Leaving Certificate Examination (including Day School Certificate (Higher) General paper), 1938
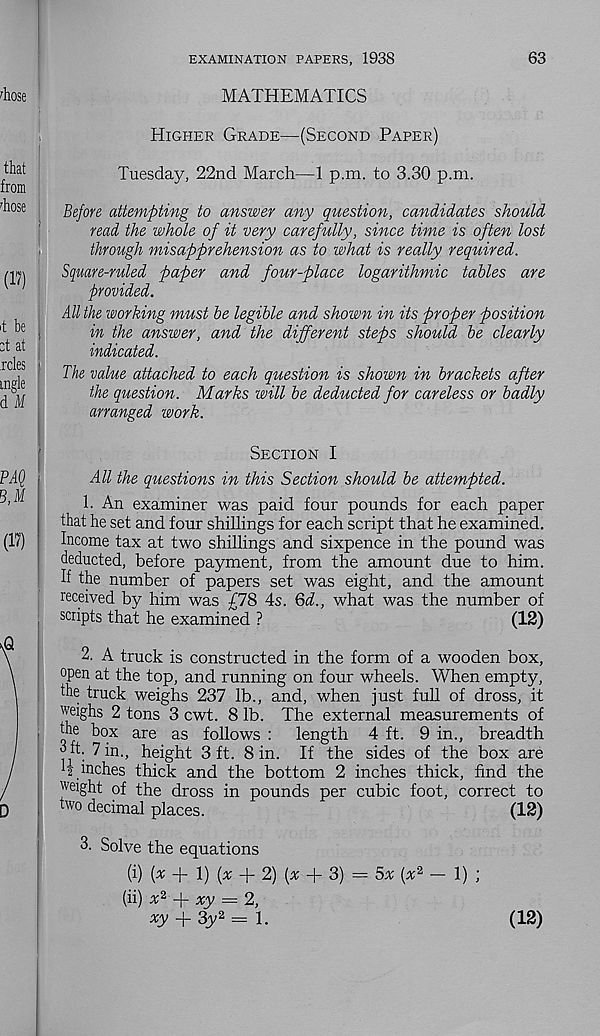
EXAMINATION PAPERS, 1938
63
MATHEMATICS
Higher Grade—(Second Paper)
Tuesday, 22nd March—1 p.m. to 3.30 p.m.
Before attempting to answer any question, candidates should
read the whole of it very carefully, since time is often lost
through misapprehension as to what is really required.
Square-ruled paper and four-place logarithmic tables are
provided.
All the working must be legible and shown in its proper position
in the answer, and the different steps should be clearly
indicated.
The value attached to each question is shown in brackets after
the question. Marks will be deducted for careless or badly
arranged work.
Section I
All the questions in this Section should be attempted.
1. An examiner was paid four pounds for each paper
that he set and four shillings for each script that he examined.
Income tax at two shillings and sixpence in the pound was
deducted, before payment, from the amount due to him.
K the number of papers set was eight, and the amount
received by him was £78 4s. Qd., what was the number of
scripts that he examined ?
(12)
2. A truck is constructed in the form of a wooden box,
open at the top, and running on four wheels. When empty,
the truck weighs 237 lb., and, when just full of dross, it
weighs 2 tons 3 cwt. 8 lb. The external measurements of
the box are as follows :
length 4 ft. 9 in., breadth
d ft. 7 in., height 3 ft. 8 in. If the sides of the box are
pinches thick and the bottom 2 inches thick, find the
weight of the dross in pounds per cubic foot, correct to
two decimal places.
(12)
3. Solve the equations
(i) (x +l)(x + 2) (* + 3) = 5x {x* - 1) ;
(ii) x 2
xy = 2,
xy -f 3y 2 = 1.
(12)